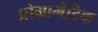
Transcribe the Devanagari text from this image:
प्रोग्रामेटिक